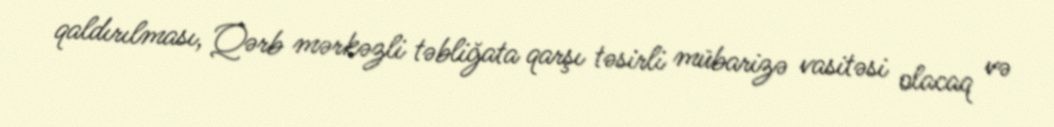
qaldırılması, Qərb mərkəzli təbliğata qarşı təsirli mübarizə vasitəsi olacaq və